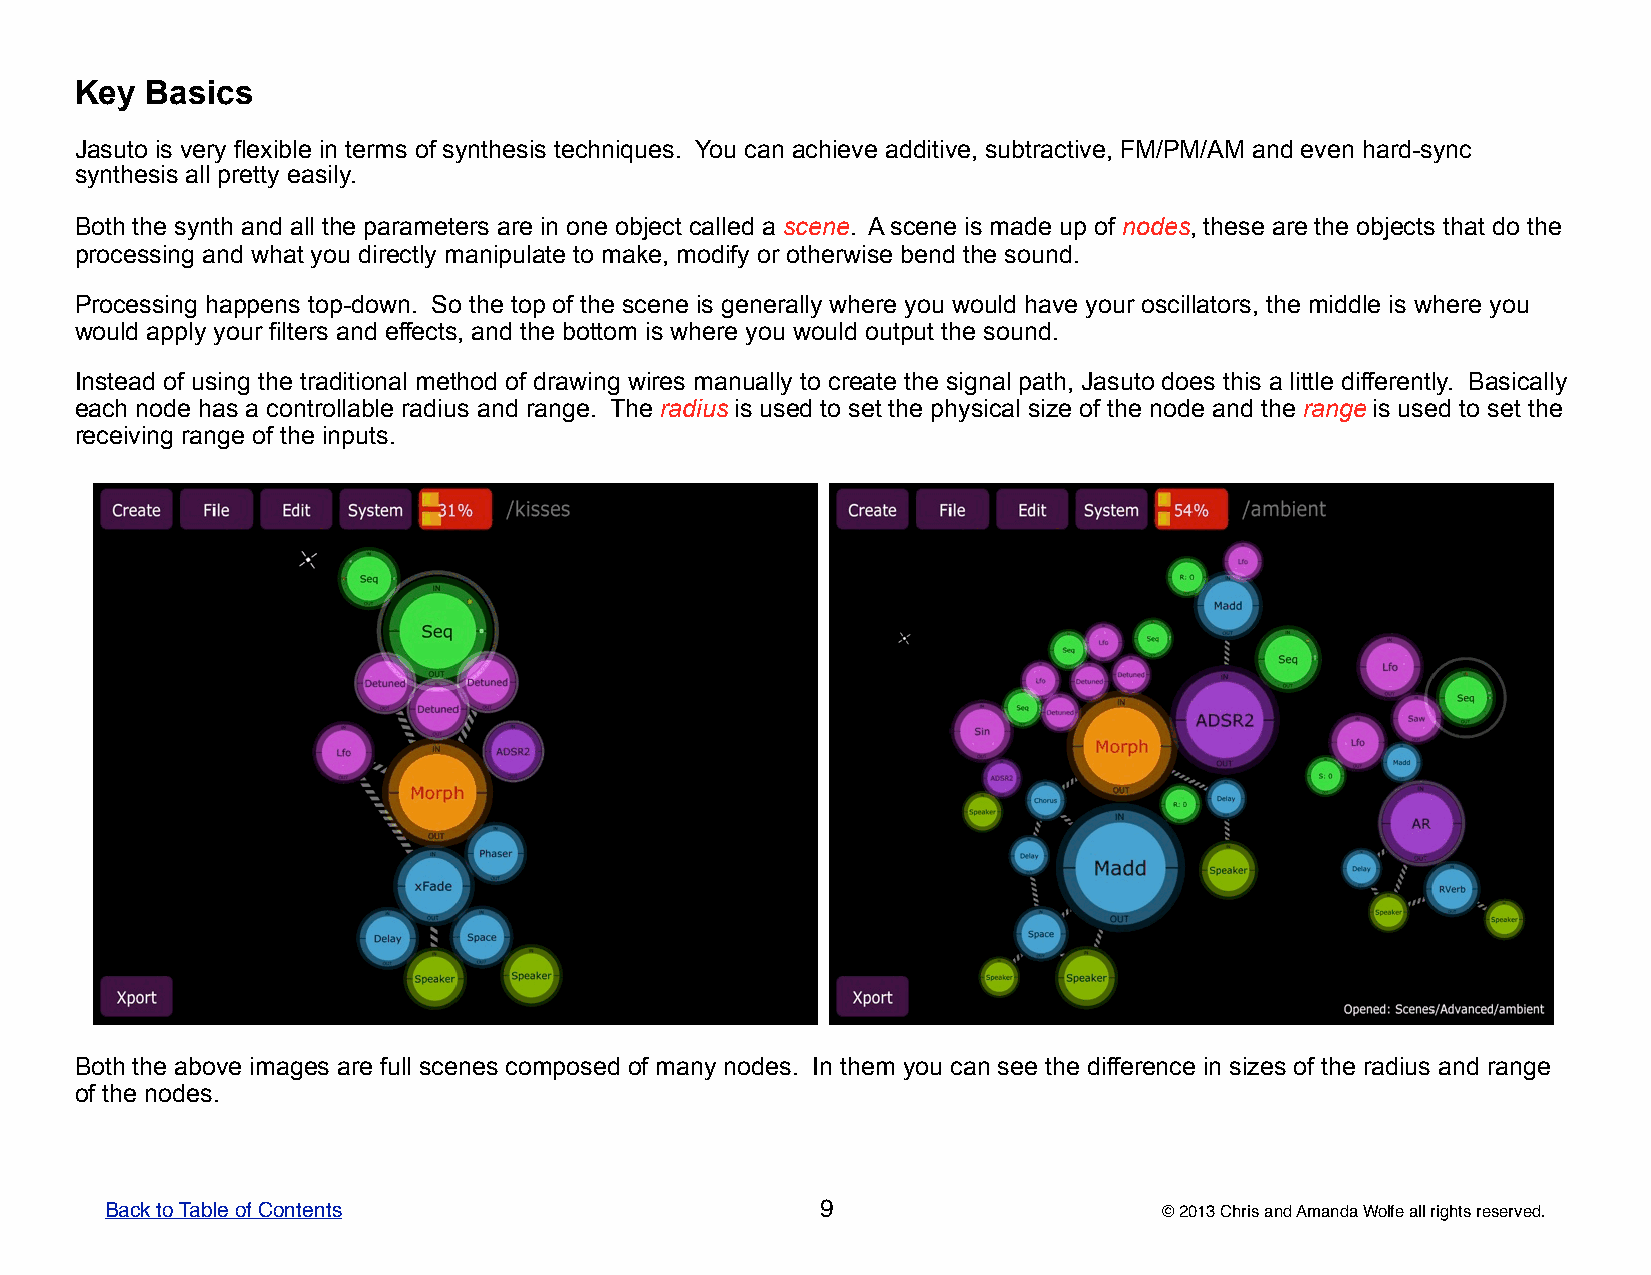
Key  Basics
 Jasuto is very flexible in terms of synthesis techniques. You can achieve additive, subtractive, FM/PM/AM and even hard-sync
 synthesis all pretty easily.
 Both the synth and all the parameters are in one object called a scene. A scene is made up of nodes, these are the objects that do the
 processing and what you directly manipulate to make, modify or otherwise bend the sound.
 Processing happens top-down. So the top of the scene is generally where you would have your oscillators, the middle is where you
 would apply your filters and effects, and the bottom is where you would output the sound.
 Instead of using the traditional method of drawing wires manually to create the signal path, Jasuto does this a little differently. Basically
 each node has a controllable radius and range. The radius is used to set the physical size of the node and the range is used to set the
 receiving range of the inputs.
 Both the above images are full scenes composed of many nodes. In them you can see the difference in sizes of the radius and range
 of the nodes.
 Back to Table of Contents                      9                      © 2013 Chris and Amanda Wolfe all rights reserved.